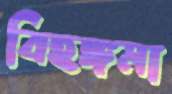
বিহঙ্গমা